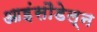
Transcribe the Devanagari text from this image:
आइंसौडेल्न